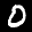
Label: 0